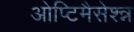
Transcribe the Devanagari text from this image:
ओप्टिमैसेश्न्न